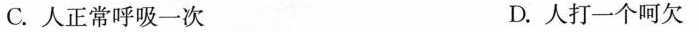
C.人正常呼吸一次 D.人打一个呵欠